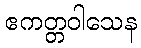
ဧကတ္တဝါသေန